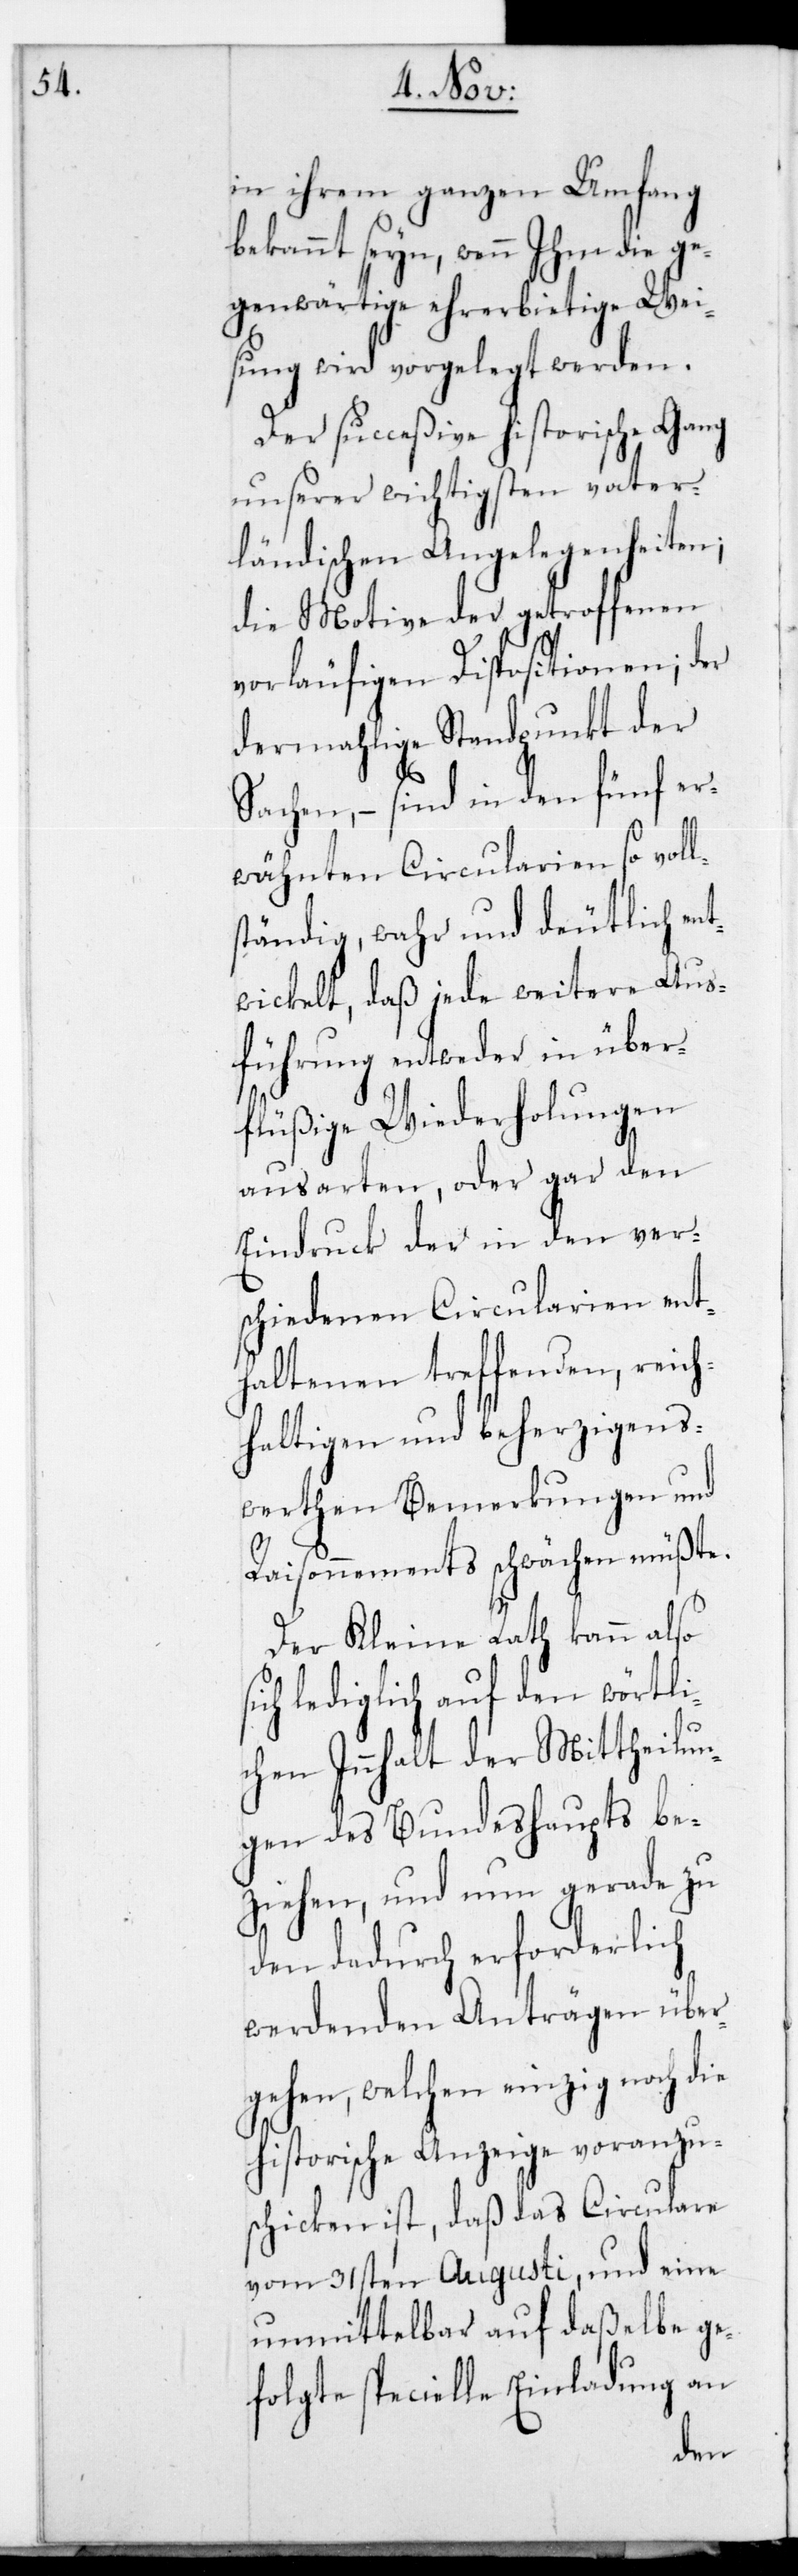
in ihrem ganzen Umfang
bekannt seyn, wenn Ihm die ge¬
genwärtige ehrerbietige Wei¬
sung wird vorgelegt werden.
Der succeßive historische Gang
unserer wichtigsten vater¬
ländischen Angelegenheiten;
die Motive der getroffenen
vorläufigen Dispositionen; der
dermahlige Standpunkt der
Sachen, – sind in den fünf er¬
wähnten Circularien so voll¬
ständig, wahr und deutlich ent¬
wickelt, daß jede weitere Aus¬
führung entweder in über¬
flüßige Wiederholungen
ausarten, oder gar den
Eindruck der in den ver¬
schiedenen Circularien ent¬
haltenen treffenden, reich¬
haltigen und beherzigens¬
werten Bemerkungen und
Raisonnements schwächen müßte.
Der Kleine Rath kann also
lediglich auf den wörtli¬
chen Innhalt der Mittheilun¬
gen des Bundeshaupts be¬
ziehen, und nun gerade zu
den dadurch erforderlich
werdenden Anträgen über¬
gehen, welchen einzig noch die
historische Anzeige voranzu¬
schicken ist, daß das Circulare
vom 31sten Augusti, und eine
unmittelbar auf daßelbe ge¬
folgte specielle Einladung an